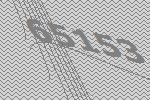
65153